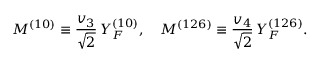
M ^ { ( 1 0 ) } \equiv \frac { v _ { 3 } } { \sqrt { 2 } } \, Y _ { F } ^ { ( 1 0 ) } , ~ ~ ~ M ^ { ( 1 2 6 ) } \equiv \frac { v _ { 4 } } { \sqrt { 2 } } \, Y _ { F } ^ { ( 1 2 6 ) } .